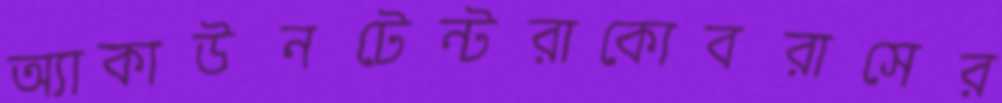
অ্যাকাউনটেন্টরাকোবরাসের